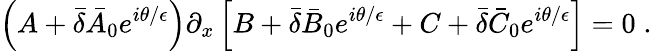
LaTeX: \left(A+\bar{\delta}\bar{A}_{0}e^{i\theta/{\epsilon}}\right)\partial_{x}\left[B+\bar{\delta}\bar{B}_{0}e^{i\theta/{\epsilon}}+C+\bar{\delta}\bar{C}_{0}e^{i\theta/{\epsilon}}\right]=0\; .